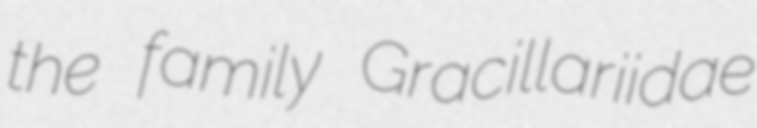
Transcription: the family Gracillariidae